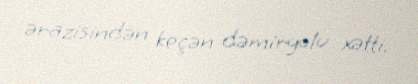
ərazisindən keçən dəmiryolu xətti.